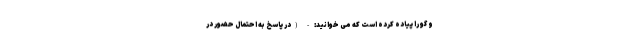
و گو را پیاده کرده است که می خوانید: - (در پاسخ به احتمال حضور در